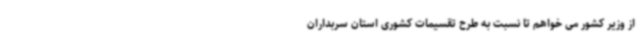
از وزیر کشور می خواهم تا نسبت به طرح تقسیمات کشوری استان سربداران